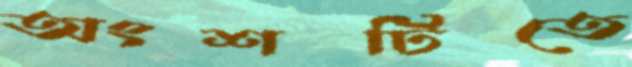
অংশটিতে